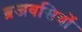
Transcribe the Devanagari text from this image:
ब्रजवसियों